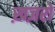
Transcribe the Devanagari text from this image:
ख़ज़रों